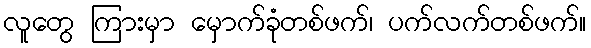
လူတွေ ကြားမှာ မှောက်ခုံတစ်ဖက်၊ ပက်လက်တစ်ဖက်။